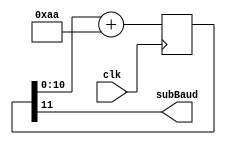
`timescale 1ns / 1ps

module baudGenerator(
    input clk,
    output subBaud
    );
	// 2048 / 151 :: 25000000/(16*115200)
	// 2048 / 170 :: 22XXXXXX/(16*115200)
	parameter bitDepth = 11;
	parameter adder = 170;
	
	reg [bitDepth:0]counter;
	assign subBaud = counter[bitDepth];
	always @(posedge clk)begin
		counter <= counter[bitDepth-1:0] + adder;
	end
endmodule